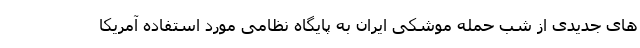
های جدیدی از شب حمله موشکی ایران به پایگاه نظامی مورد استفاده آمریکا